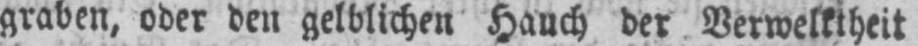
graben, oder den gelblichen Hauch der Verwelktheit